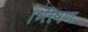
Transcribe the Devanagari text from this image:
।भीषण